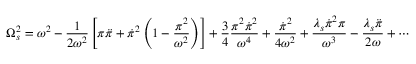
\Omega _ { s } ^ { 2 } = \omega ^ { 2 } - { \frac { 1 } { 2 \omega ^ { 2 } } } \left[ \pi \ddot { \pi } + \dot { \pi } ^ { 2 } \left( 1 - { \frac { \pi ^ { 2 } } { \omega ^ { 2 } } } \right) \right] + { \frac { 3 } { 4 } } { \frac { \pi ^ { 2 } \dot { \pi } ^ { 2 } } { \omega ^ { 4 } } } + { \frac { \dot { \pi } ^ { 2 } } { 4 \omega ^ { 2 } } } + { \frac { \lambda _ { s } \dot { \pi } ^ { 2 } \pi } { \omega ^ { 3 } } } - { \frac { \lambda _ { s } \ddot { \pi } } { 2 \omega } } \nonumber + \cdots